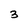
Character: 3